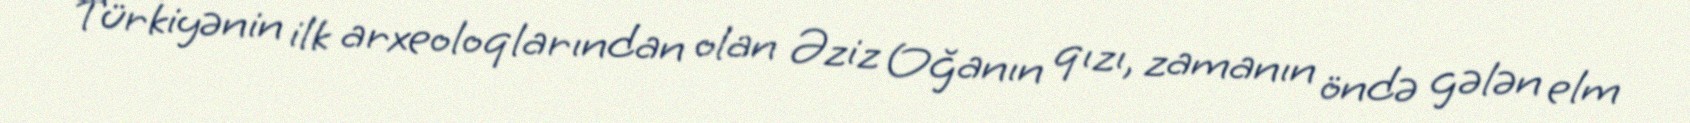
Türkiyənin ilk arxeoloqlarından olan Əziz Oğanın qızı, zamanın öndə gələn elm